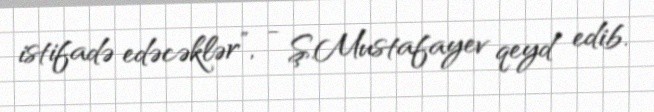
istifadə edəcəklər”, - Ş.Mustafayev qeyd edib.